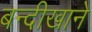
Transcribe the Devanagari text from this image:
बन्दीखाने